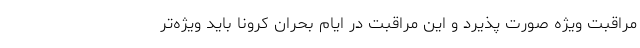
مراقبت ویژه صورت پذیرد و این مراقبت در ایام بحران کرونا باید ویژه‌تر